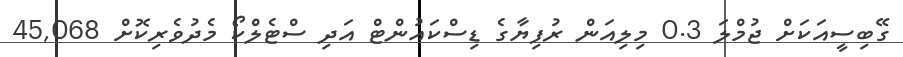
ގޭބިސީއަކަށް ޖުމްލަ 0.3 މިލިއަން ރުފިޔާގެ ޑިސްކައުންޓް އަދި ސްޓެލްކޯ މެދުވެރިކޮށް 45